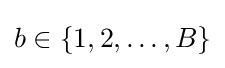
b\in \{1,2,\ldots ,B\}